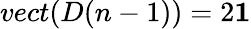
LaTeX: vect(D(n-1))=2\textbf{1}